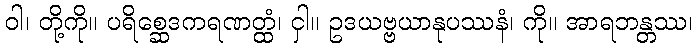
ဝါ၊ တို့ကို။ ပရိစ္ဆေဒကရဏတ္ထံ၊ ငှါ။ ဥဒယဗ္ဗယာနုပဿနံ၊ ကို။ အာရဘန္တဿ၊